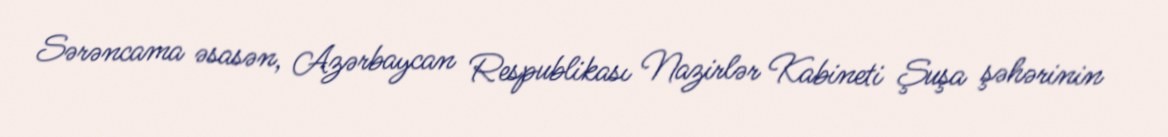
Sərəncama əsasən, Azərbaycan Respublikası Nazirlər Kabineti Şuşa şəhərinin